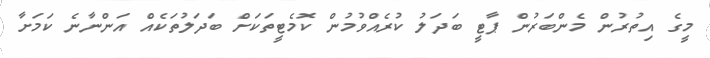
މީގެ އިތުރުން މެންބަރުން ޕާޓީ ބަދަލު ކުރެއްވުމުން ކޮމެޓީތަކަށް ބަދަލުތަކެއް އަންނާނެ ކަމަށާ